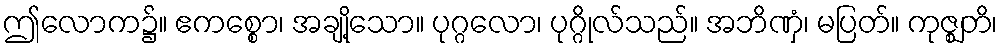
ဤလောက၌။ ဧကစ္စော၊ အချို့သော။ ပုဂ္ဂလော၊ ပုဂ္ဂိုလ်သည်။ အဘိဏှံ၊ မပြတ်။ ကုဇ္ဈတိ၊